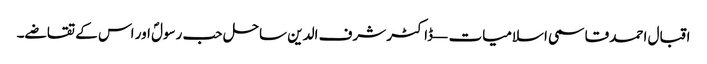
اقبال احمد قاسمی اسلامیات — ڈاکٹر شرف الدین ساحل حب رسولؐ اور اس کے تقاضے۔